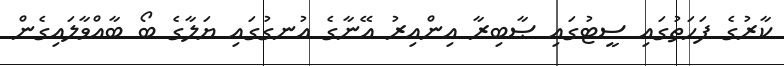
ކާރުގެ ފަހަތުގައި ސީޓުގައި ޞާބިރާ އިންއިރު އޭނާގެ އުނގުގައި ޔަލާގެ ބޯ ބާއްވާލައިގެން